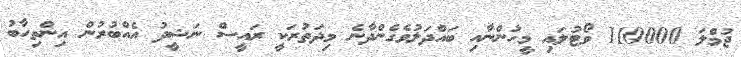
ޖުމްލަ 110000 ވޯޓުލައި މީހުންނާއި ބައްދަލުވެގެންދާނެ މިދަތުރަކީ ރައީސް ނަޝީދު އެއްބުރުން އިންތިހާބު